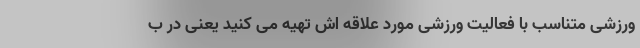
ورزشی متناسب با فعالیت ورزشی مورد علاقه اش تهیه می کنید یعنی در ب